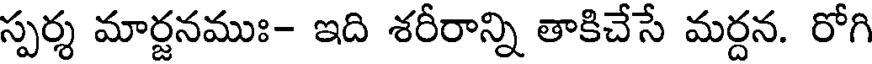
స్పర్శ మార్జనముః- ఇది శరీరాన్ని తాకిచేసే మర్దన. రోగి